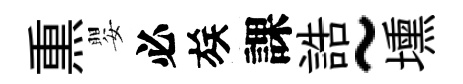
𤋱嬰必族課誥~壎